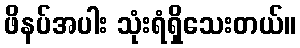
ဖိနပ်အပါး သုံးရံရှိသေးတယ်။